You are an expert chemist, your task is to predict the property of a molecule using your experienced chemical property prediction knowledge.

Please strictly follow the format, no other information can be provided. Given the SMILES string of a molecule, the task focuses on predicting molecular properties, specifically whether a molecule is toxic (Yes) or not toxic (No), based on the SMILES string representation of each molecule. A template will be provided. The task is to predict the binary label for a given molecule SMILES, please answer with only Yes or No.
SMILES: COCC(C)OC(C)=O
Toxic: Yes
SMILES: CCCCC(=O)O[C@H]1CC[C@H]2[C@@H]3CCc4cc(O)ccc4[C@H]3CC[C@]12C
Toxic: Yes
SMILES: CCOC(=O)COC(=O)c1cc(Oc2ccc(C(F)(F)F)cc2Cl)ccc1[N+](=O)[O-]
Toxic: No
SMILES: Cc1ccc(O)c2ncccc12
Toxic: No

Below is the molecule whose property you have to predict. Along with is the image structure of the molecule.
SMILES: O=C(O)c1cc(C(=O)O)cc(S(=O)(=O)[O-])c1
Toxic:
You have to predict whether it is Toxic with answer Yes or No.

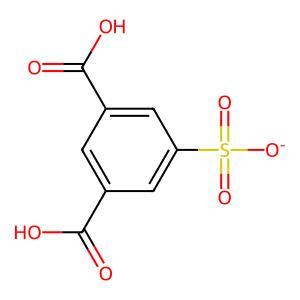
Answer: No